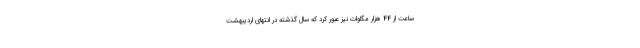
ساعت از 44 هزار مگاوات نیز عبور کرد که سال گذشته در انتهای اردیبهشت